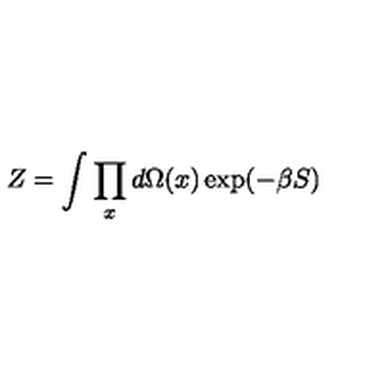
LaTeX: Z = \int \prod _ { x } d \Omega ( x ) \exp ( - \beta S )